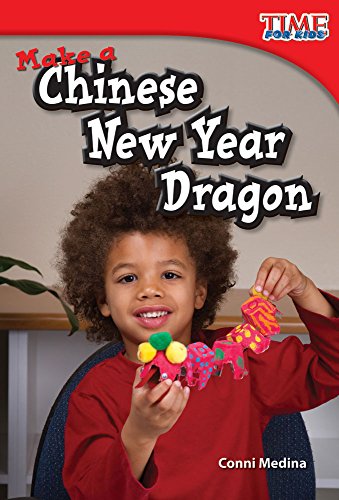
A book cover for Make a Chinese New Year Dragon (Time for Kids Nonfiction Readers: Level 1.7); Conni Medina; Children's Books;